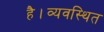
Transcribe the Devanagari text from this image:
है।व्यवस्थित